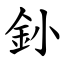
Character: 釥